Vaccination Hyderabad 1872-1889 - 1872-1889
Year: 1872
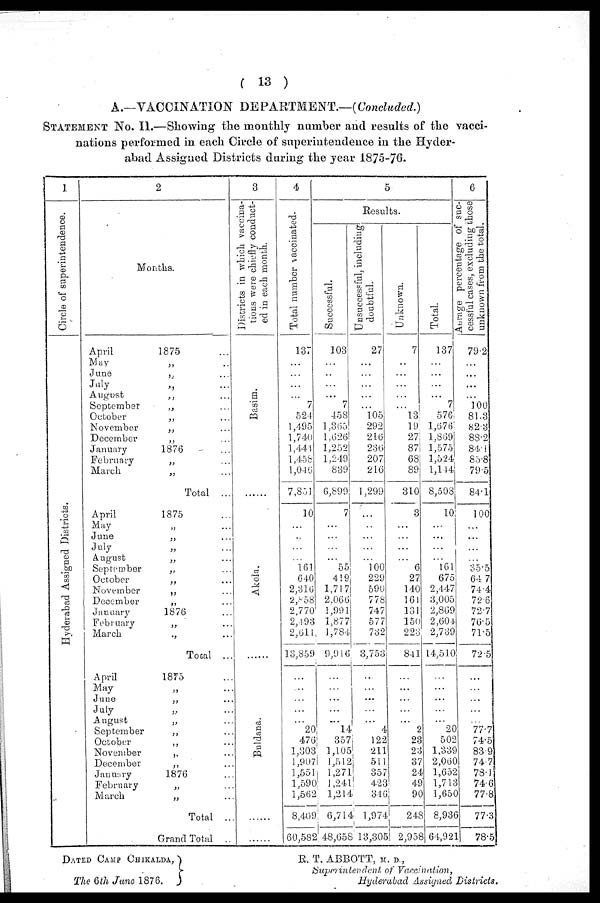
( 13 )
A.—VACCINATION DEPARTMENT.—(Concluded.)
STATEMENT No. II.—Showing the monthly number and results of the vacci-
nations performed in each Circle of superintendence in the Hyder-
abad Assigned Districts during the year 1875-76.
1
Circle of superintendence.
Hyderabad Assigned Districts.
2
Months.
April
1875 ...
May
„ ...
June
„
...
July
„ ...
August
„ ...
September
„ ...
October
„ ...
November
„ ...
December
„ ...
January
1876 ...
February
„ ...
March
„ ...
Total ...
April
1875 ...
May „ ...
June
„ ...
July
„ ...
August
„ ...
September
„ ...
October
„ ...
November
„ ...
December
„ ...
January
1876 ...
February
„ ...
March
„ ...
Total ...
April
1875 ...
May „ ...
June
„ ...
July
„ ...
August
„ ...
September
„ ...
October
„ ...
November
„ ...
December
„ ...
January
1876 ...
February
„ ...
March
„ ...
Total ...
Grand Total ...
3
Districts in which vaccina-
tions were chiefly conduct-
ed in each month.
Basim.
......
Akola.
Buldana. ...
......
......
4
Total number vaccinated.
137
...
...
...
...
7
524
1,495
1,740
1,444
1,458
1,046
7,851
10
...
...
...
...
161
640
2,816
2,958
2,770
2,498
2,611
13,859
...
...
...
...
...
20
476
1,803
1,907
1,551
1,590
1,562
8,409
60,582
5
Results.
Successful.
103
...
...
...
...
7
458
1,365
1,626
1,252
1,249
839
6,899
7
...
...
...
...
55
419
1,717
2,066
1,991
1,877
1,784
9,916.
...
...
...
...
...
14
357
1,105
1,512
1,271
1,241
1,214
6,714
48,658
Unsuccessful, including
doubtful.
27
...
...
...
...
...
105
292
216
236
207
216
1,299
...
...
...
...
...
100
229
590
778
747
577
732
3,753
...
...
...
...
...
4
122
211
511
357
423
346
1,974
13,305
Unknown.
7
...
...
...
...
...
13
19
27
87
68
89
310
3
...
...
...
...
6
27
140
161
131
150
223
841
...
...
...
...
...
2
23
23
37
24
49
90
248
2,958
Total.
137
...
...
...
...
7
576
1,676
1,869
1,575
1,524
1,144
8,508
10
...
...
...
...
161
675
2,447
3,005
2,869
2,604
2,739
14,510
...
...
...
...
...
20
502
1,339
2,060
1,652
1,713
1,650
8,936
64,921
6
Average percentage of suc-
cessful cases, excluding those
unknown from the total.
79.2
...
...
...
...
100
81.3
82.3
88.2
84.1
85.8
79.5
84.1
100
...
...
...
...
35.5
64.7
74.4
72.6
72.7
76.5
71.5
72.5
...
...
...
...
...
77.7
74.5
83.9
74.7
78.1
74.6
77.8
77.3
78.5
DATED CAMP CHIKALDA,
The 6th June 1876.
R. T. ABBOTT, M. D.,
Superintendent of Vaccination,
Hyderabad Assigned Districts.